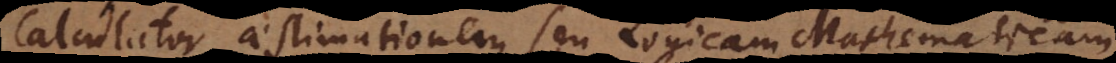
calculator aestimationem seu Logicam Mathematicam